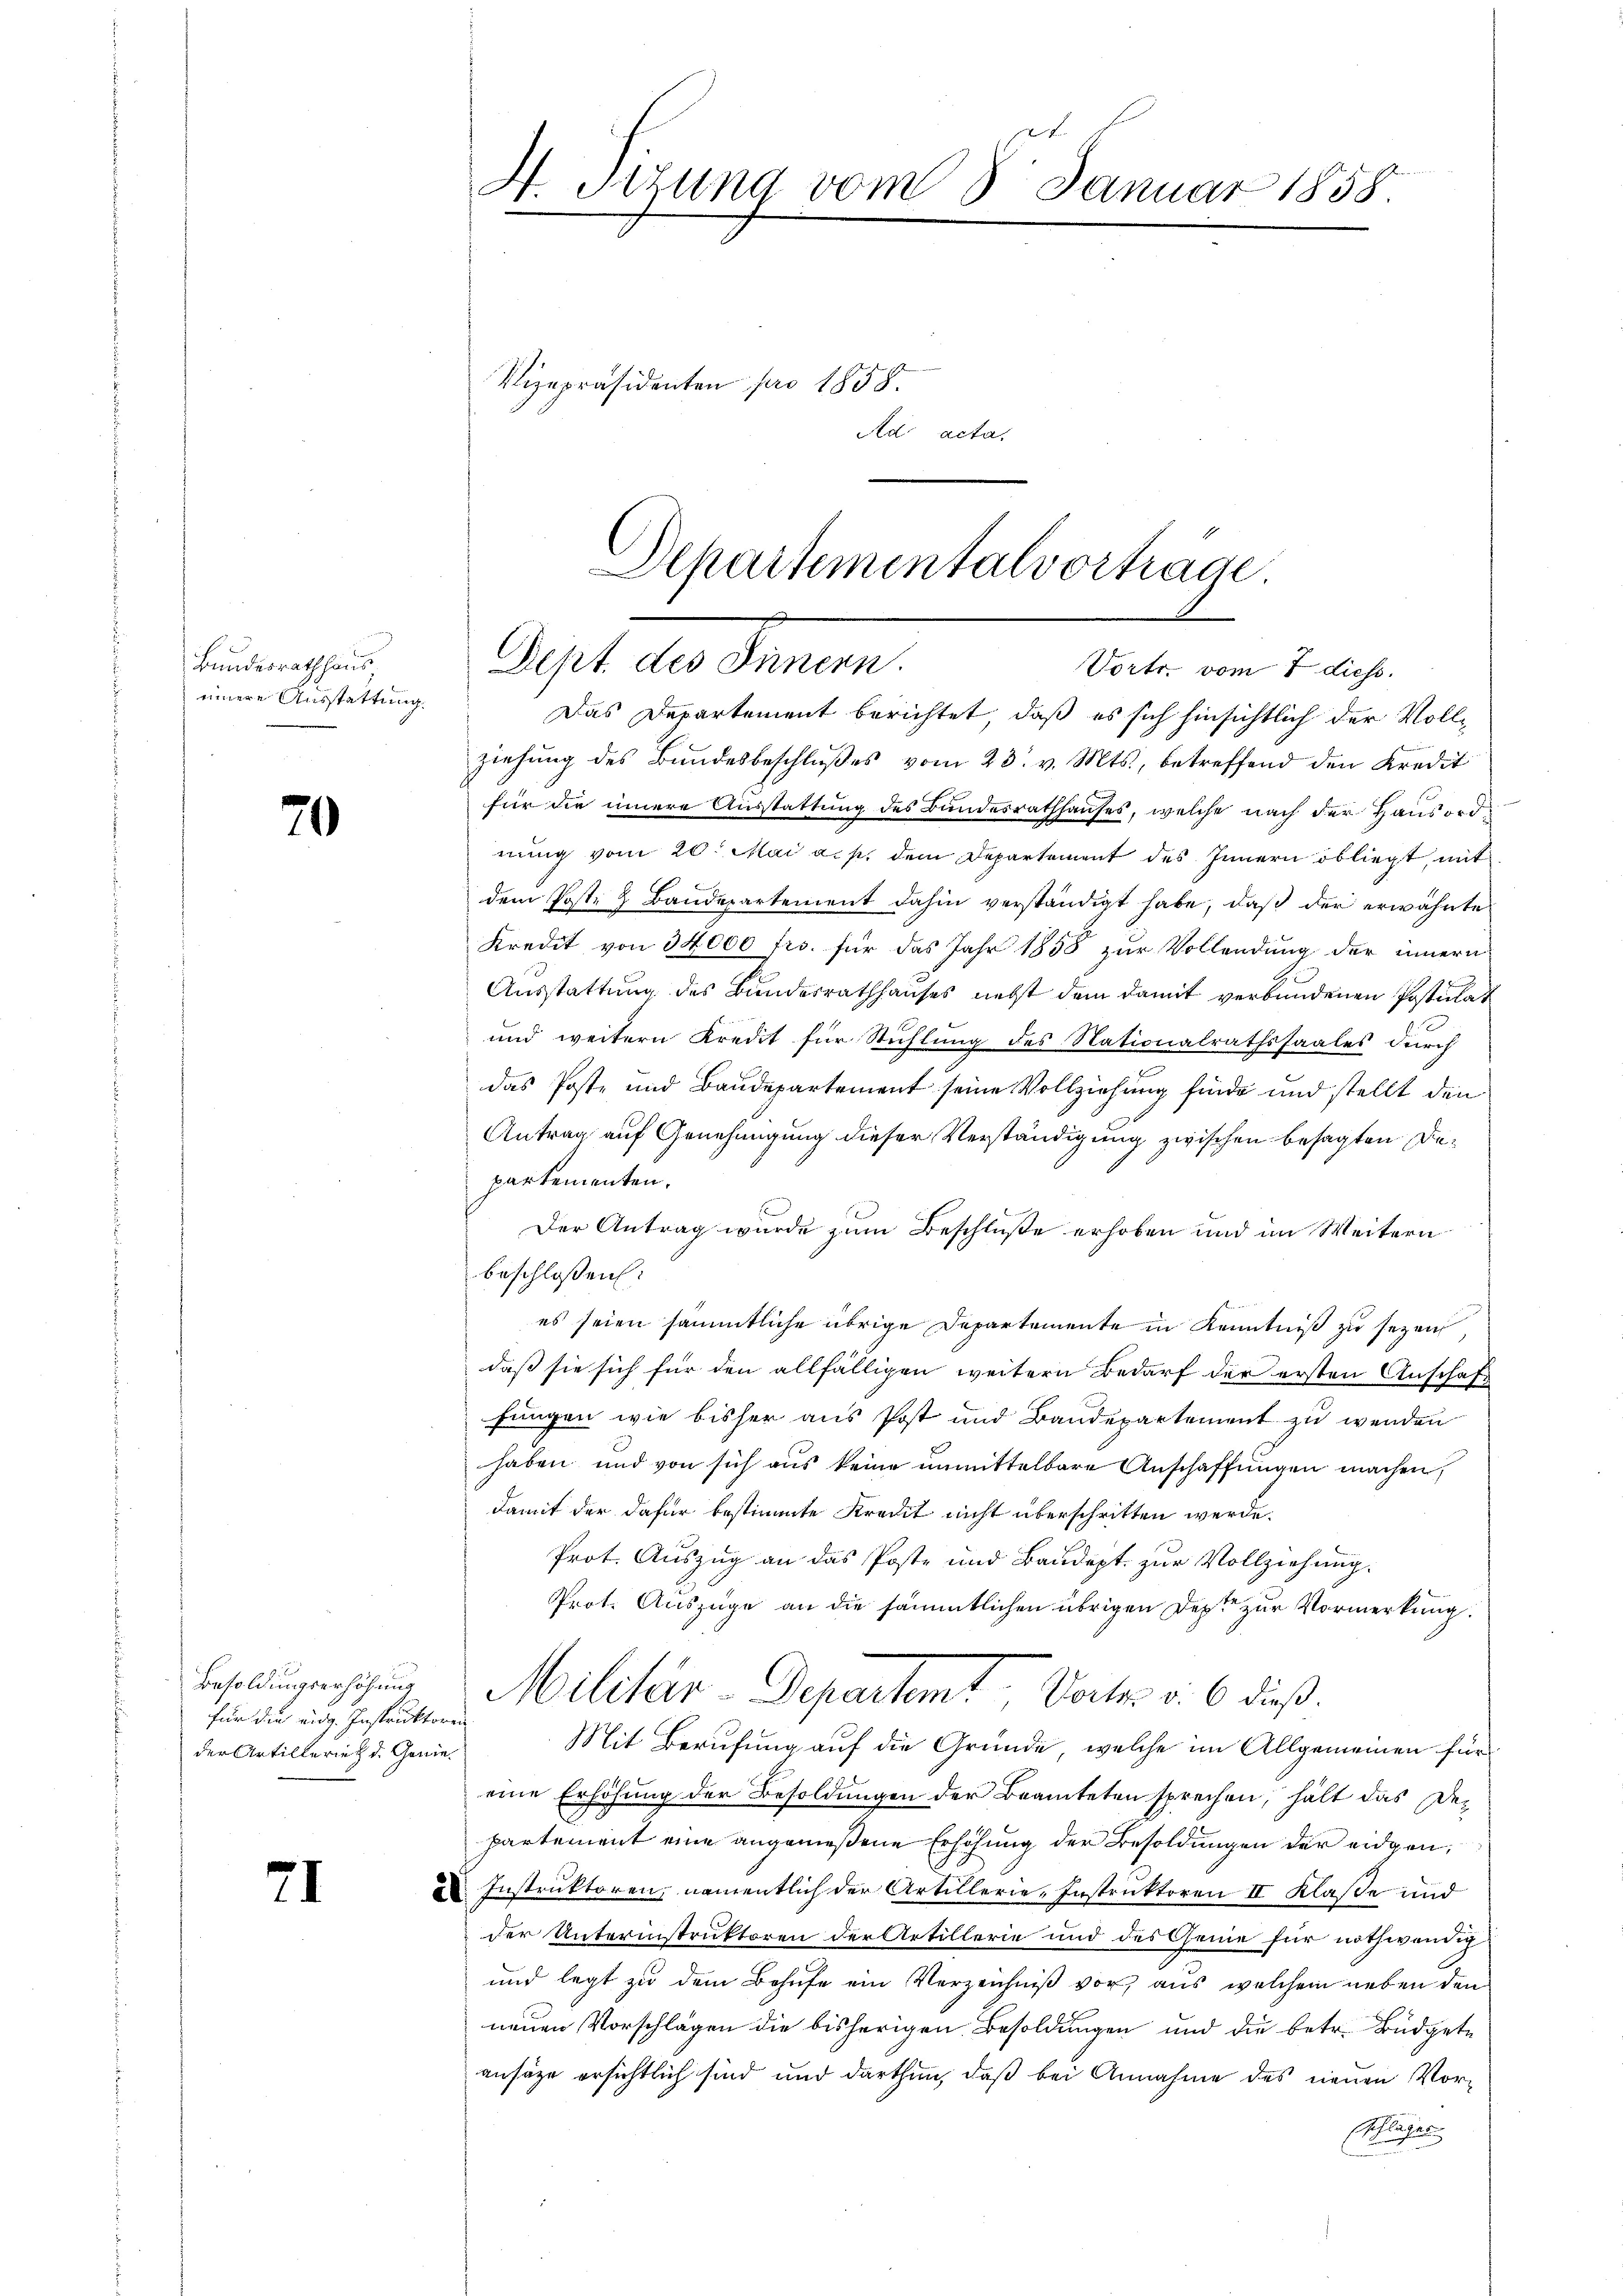
Bundesrathhaus
einere Ausstattung.

20

für die eidg. Instruktoren
der Artillerien d. Genie¬

71

H. Stzung vom 8. Januar 1858.

Vizepräsidenten pro 1858.
Ad acta.

Departementalvortrage
dest des Sommen.
Vortr. vom 7 diess.

Das Departement berichtet, daß es sich hinsichtlich der Vollt
ziehung des Bundesbeschlŭβes vom 23. v. Mts., betreffend den Kredit
für die innere Ausstattung des Bundesrathhauses, welche nach der Hausord
nung vom 20. Mai a. p. dem Departement des Innern obliegt, mit
dem Poste & Baudepartement dahin verständigt habe, daß der erwähnte
Kredit von 34,000 frs. für das Jahr 1858 zur Vollendung der innern
Ausstattung des Bundesrathhauses nebst dem damit verbundenen Postulat
und weitern Kredit für Stuhlung des Nationalrathssaales durch
das Poste und Baudepartement seine Vollziehung finde und stellt den
Antrag auf Genehmigung dieser Verständigung zwischen besagten Departementen.
Der Antrag wurde zum Beschluße erhoben und im Weitern
beschlossen:
es seien sämmtliche übrige Departemente in Kenntniß zu sezen,
daß sie sich für den allfälligen weitern Bedarf der ersten Anschaft
fungen wie bisher aus Post und Bandepartement zu wenden
haben und von sich aus keine unmittelbare Anschaffungen machen,
damit der dafür bestimmte Kreut nicht überschritten werde.
Prot. Auszug an das Poste und Baudept. zur Vollziehung.
Prot. Auszüge an die sämmtlichen übrigen Dept zur Vormerkung.
Besoldungsschung Milcher-Departemt, Vorter v. 6. dieß
Mit Berufung auf die Gründe, welche im Allgemeinen für
eine Erhöhung der Besoldungen der Beamteten sprechen, hält das Departement eine angemeßene Erhöhung der Besoldungen der eidgen,
 Instruktoren, namentlich der Artillerie-Instruktoren II Klasse und
der Unterinstruktoren der Artillerie und des Genie für nothwendig
und legt zu dem Behufe ein Verzeichniß vor, aus welchem neben den
neuen Vorschlagen die bisherigen Besoldungen und die betr. Büdgete
ansäze ersichtlich sind und darthun, daß bei Annahme des neuen Vor¬
Eschläger